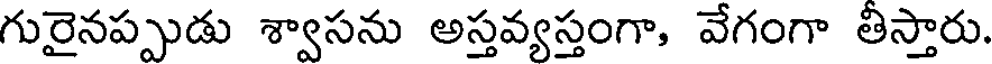
గురైనప్పుడు శ్వాసను అస్తవ్యస్తంగా, వేగంగా తిస్తారు.